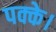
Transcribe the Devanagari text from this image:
पक्के।